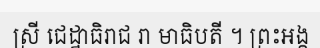
ស្រី ជេដ្ឋាធិរាជ រា មាធិបតី ។ ព្រះអង្គ